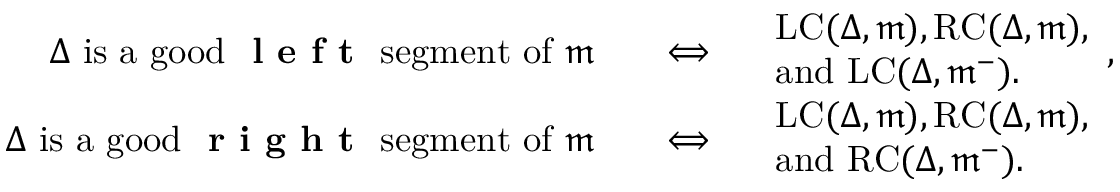
\begin{array} { r l } { \Delta \mathrm { ~ i s ~ a ~ g o o d ~ \textbf { l e f t } ~ s e g m e n t ~ o f ~ } \mathfrak { m } } & { \quad \Longleftrightarrow \quad \begin{array} { l } { \mathrm { L C } ( \Delta , \mathfrak { m } ) , \mathrm { R C } ( \Delta , \mathfrak { m } ) , } \\ { \mathrm { a n d ~ } \mathrm { L C } ( \Delta , \mathfrak { m } ^ { - } ) . } \end{array} , } \\ { \Delta \mathrm { ~ i s ~ a ~ g o o d ~ \textbf { r i g h t } ~ s e g m e n t ~ o f ~ } \mathfrak { m } } & { \quad \Longleftrightarrow \quad \begin{array} { l } { \mathrm { L C } ( \Delta , \mathfrak { m } ) , \mathrm { R C } ( \Delta , \mathfrak { m } ) , } \\ { \mathrm { a n d ~ } \mathrm { R C } ( \Delta , \mathfrak { m } ^ { - } ) . } \end{array} } \end{array}